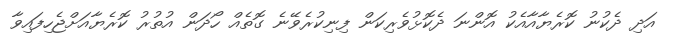
އަދި ދެކުނު ކޮރެޔާއާއެކު އޮންނަ ދެކޮޅުވެރިކަން ފިނިކުރެވޭނެ ގޮތެއް ހޯދަން އުތުރު ކޮރެޔާއަށްޖެހިފައިވާ